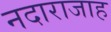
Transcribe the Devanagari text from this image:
नदाराजाह